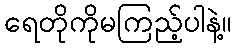
ရေတိုကိုမကြည့်ပါနဲ့။